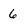
Character: 6